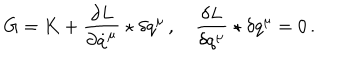
G = K + \frac { \partial L } { \partial \dot { q } ^ { \mu } } \star \delta q ^ { \mu } \, , \quad \frac { \delta L } { \delta q ^ { \mu } } \star \delta q ^ { \mu } = 0 \, .